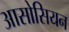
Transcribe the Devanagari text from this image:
आसोसियन